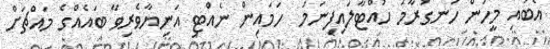
އެބައި މީހުން ހަނގުރާމަ ހުއްޓާލައިފިނަމަ  ހަމައިން ނެއްޓި އަނިޔާވެރިވާ ބައެއްގެ މައްޗަށް